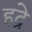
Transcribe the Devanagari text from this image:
हद्रे